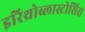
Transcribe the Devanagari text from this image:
इरिथ्रोब्लास्टोसिस